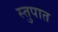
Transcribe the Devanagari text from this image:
स्तुपात